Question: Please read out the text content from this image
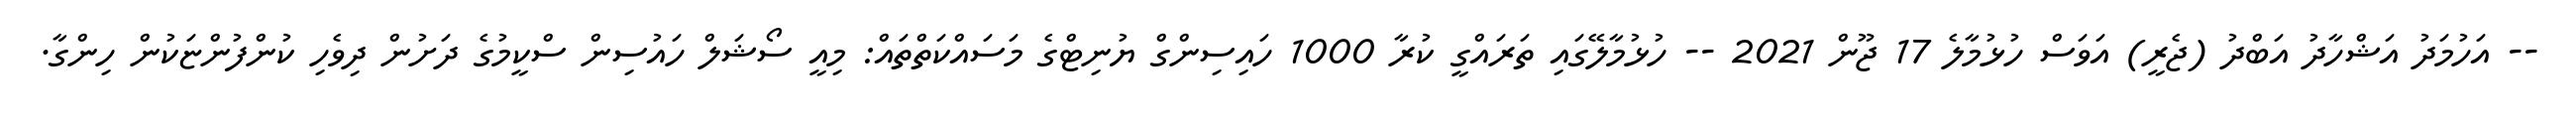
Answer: -- އަހުމަދު އަޝްހާދު އަބްދު (ޖެރީ) އަވަސް ހުޅުމާލެ 17 ޖޫން 2021 -- ހުޅުމާލޭގައި ތަރައްގީ ކުރާ 1000 ހައިސިންގް ޔުނިޓްގެ މަސައްކަތްތައް: މިއީ ސޯޝަލް ހައުސިން ސްކީމުގެ ދަށުން ދިވެހި ކުންފުންޏަކުން ހިންގާ.